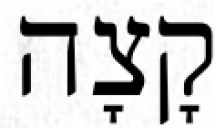
קָצָה